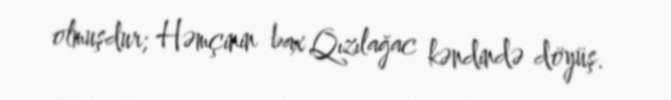
olmuşdur; Həmçinin bax Qızılağac kəndində döyüş.